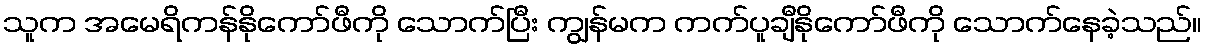
သူက အမေရိကန်နိုကော်ဖီကို သောက်ပြီး ကျွန်မက ကက်ပူချီနိုကော်ဖီကို သောက်နေခဲ့သည်။